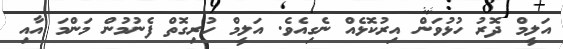
އަލީމް ދޮރު ހުޅުވަން އިރުކޮޅެއް ނެގިއެވެ. އަލީމް ހުރިގޮތް ފެނުމުން މަންމަ އާއި